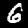
Digit: 6